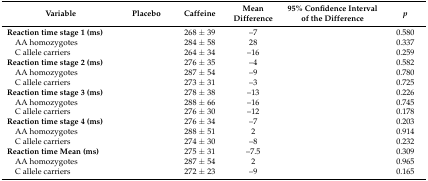
<table><thead><tr><td><b>Variable</b></td><td><b>Placebo</b></td><td><b>Caffeine</b></td><td><b>Mean Difference</b></td><td><b>95% Confidence Interval of the Difference</b></td><td><b><i>p</i></b></td></tr></thead><tbody><tr><td><b>Reaction time stage 1 (ms)</b></td><td>[EMPTY_CELL]</td><td>268 ± 39</td><td>–7</td><td>[EMPTY_CELL]</td><td>0.580</td></tr><tr><td> AA homozygotes</td><td>[EMPTY_CELL]</td><td>284 ± 58</td><td>28</td><td>[EMPTY_CELL]</td><td>0.337</td></tr><tr><td> C allele carriers</td><td>[EMPTY_CELL]</td><td>264 ± 34</td><td>–16</td><td>[EMPTY_CELL]</td><td>0.259</td></tr><tr><td><b>Reaction time stage 2 (ms)</b></td><td>[EMPTY_CELL]</td><td>276 ± 35</td><td>–4</td><td>[EMPTY_CELL]</td><td>0.582</td></tr><tr><td> AA homozygotes</td><td>[EMPTY_CELL]</td><td>287 ± 54</td><td>–9</td><td>[EMPTY_CELL]</td><td>0.780</td></tr><tr><td> C allele carriers</td><td>[EMPTY_CELL]</td><td>273 ± 31</td><td>–3</td><td>[EMPTY_CELL]</td><td>0.725</td></tr><tr><td><b>Reaction time stage 3 (ms)</b></td><td>[EMPTY_CELL]</td><td>278 ± 38</td><td>–13</td><td>[EMPTY_CELL]</td><td>0.226</td></tr><tr><td> AA homozygotes</td><td>[EMPTY_CELL]</td><td>288 ± 66</td><td>–16</td><td>[EMPTY_CELL]</td><td>0.745</td></tr><tr><td> C allele carriers</td><td>[EMPTY_CELL]</td><td>276 ± 30</td><td>–12</td><td>[EMPTY_CELL]</td><td>0.178</td></tr><tr><td><b>Reaction time stage 4 (ms)</b></td><td>[EMPTY_CELL]</td><td>276 ± 34</td><td>–7</td><td>[EMPTY_CELL]</td><td>0.203</td></tr><tr><td> AA homozygotes</td><td>[EMPTY_CELL]</td><td>288 ± 51</td><td>2</td><td>[EMPTY_CELL]</td><td>0.914</td></tr><tr><td> C allele carriers</td><td>[EMPTY_CELL]</td><td>274 ± 30</td><td>–8</td><td>[EMPTY_CELL]</td><td>0.232</td></tr><tr><td><b>Reaction time Mean (ms)</b></td><td>[EMPTY_CELL]</td><td>275 ± 31</td><td>–7.5</td><td>[EMPTY_CELL]</td><td>0.309</td></tr><tr><td> AA homozygotes</td><td>[EMPTY_CELL]</td><td>287 ± 54</td><td>2</td><td>[EMPTY_CELL]</td><td>0.965</td></tr><tr><td> C allele carriers</td><td>[EMPTY_CELL]</td><td>272 ± 23</td><td>–9</td><td>[EMPTY_CELL]</td><td>0.165</td></tr></tbody></table>